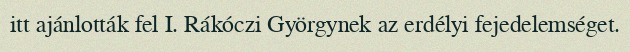
itt ajánlották fel I. Rákóczi Györgynek az erdélyi fejedelemséget.